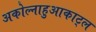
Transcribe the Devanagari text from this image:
अकोल्नाहुआकाट्ल